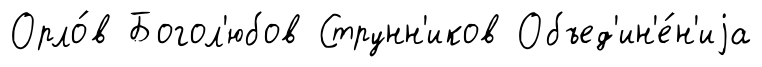
Орло́в Богол'юбов Струнн'иков Объед'ин'е́н'иjа